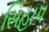
સિહાપ